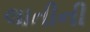
લાતીની